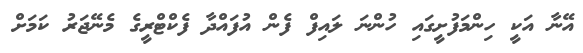
އޭނާ އަކީ ހިންމަފުށީގައި ހުންނަ ލައިފް ފެން އުފައްދާ ފެކްޓްރީގެ މެނޭޖަރު ކަމަށް